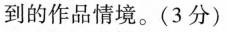
到的作品情境。(3分)